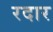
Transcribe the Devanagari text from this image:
रदार